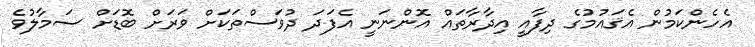
އެހެންކަމުން އެޤައުމުގެ ދިފާއީ އިދާރާތައް އޮންނަނީ އެފަދަ ދުވަސްތަކަށް ވަރަށް ބޮޑަށް ސަމާލުވެ